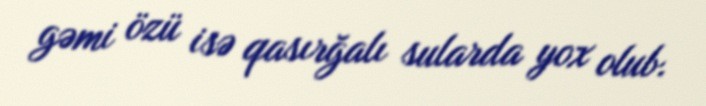
gəmi özü isə qasırğalı sularda yox olub.